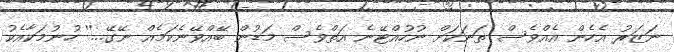
ނަޒަރު އެހެން އެއްވެސް ތަނަކަށް ނުހުއްޓޭނެ އަތްވެސް މަޑުން ބޭއްވޭނެކަމެއް ނޭގޭ...'' ހުނުމަކާއެކު